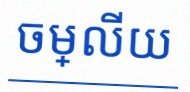
ចម្លើយ